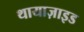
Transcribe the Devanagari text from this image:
थायाज़ाइड